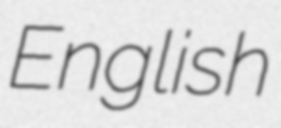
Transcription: English